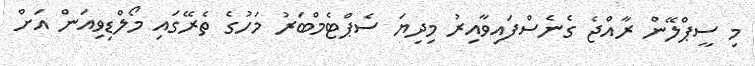
މި ސީޕްލޭން ރާއްޖެ ގެނެސްފައިވާއިރު މިދިޔަ ސެޕްޓެމްބަރު މަހުގެ ތެރޭގައި މޯލްޑިވިއަން އަށް